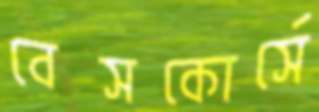
বেসকোর্সে